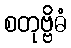
စတုဗ္ဗိဓံ